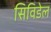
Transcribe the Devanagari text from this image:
सिविडेल